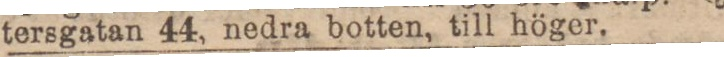
tersgatan 44, nedra botten, till höger.